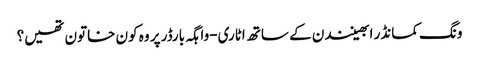
ونگ کمانڈر ابھینندن کے ساتھ اٹاری-واہگہ بارڈر پر وہ کون خاتون تھیں؟